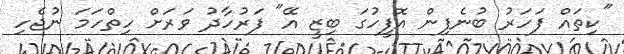
"ކިތައް ފަހަރު ބުނެފިން އޮފީހުގަ ބިޒީ އޭ" ފަރުހާދު ވަރަށް ހިތްހަމަ ނުޖެހި